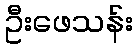
ဦးဖေသန်း